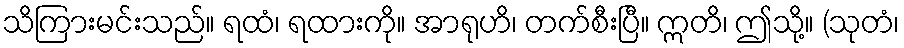
သိကြားမင်းသည်။ ရထံ၊ ရထားကို။ အာရုဟိ၊ တက်စီးပြီ။ ဣတိ၊ ဤသို့။ (သုတံ၊